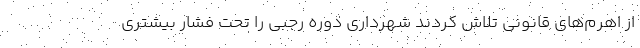
از اهرم‌های قانونی تلاش کردند شهرداریِ دوره رجبی را تحت فشار بیشتری